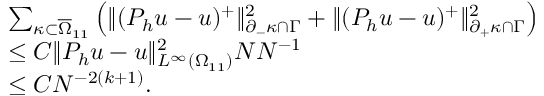
\begin{array} { r l } & { \sum _ { \kappa \subset \overline { { \Omega } } _ { 1 1 } } \left( \Vert ( P _ { h } u - u ) ^ { + } \Vert _ { \partial _ { - } \kappa \cap \Gamma } ^ { 2 } + \Vert ( P _ { h } u - u ) ^ { + } \Vert _ { \partial _ { + } \kappa \cap \Gamma } ^ { 2 } \right) } \\ & { \le C \Vert P _ { h } u - u \Vert _ { L ^ { \infty } ( \Omega _ { 1 1 } ) } ^ { 2 } N N ^ { - 1 } } \\ & { \le C N ^ { - 2 ( k + 1 ) } . } \end{array}